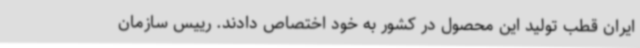
ایران قطب تولید این محصول در کشور به خود اختصاص دادند. رییس سازمان